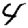
Digit: 4